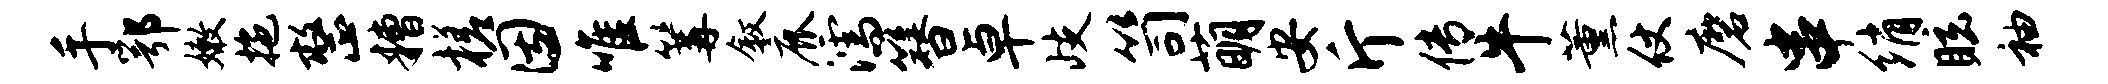
手鄂嫩拖整糟槎因唯篝叙鹿濡簪卓歧笥萌安斤传牛薰仗磨串绡眩袖